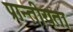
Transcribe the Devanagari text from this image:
प्रान्तीयता